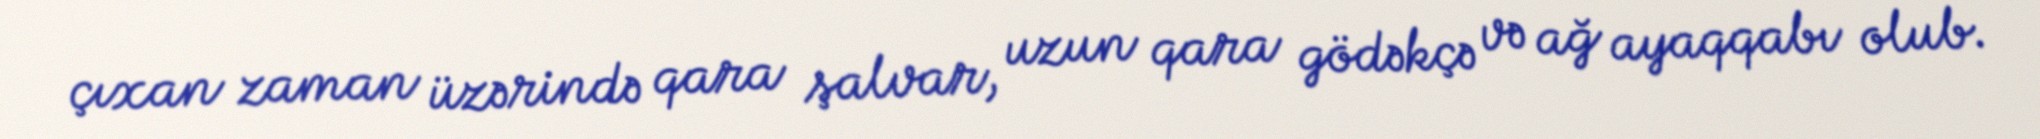
çıxan zaman üzərində qara şalvar, uzun qara gödəkçə və ağ ayaqqabı olub.